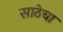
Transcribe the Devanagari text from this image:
साठेचा